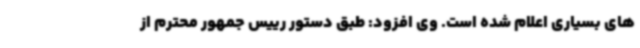
های بسیاری اعلام شده است. وی افزود: طبق دستور رییس جمهور محترم از